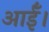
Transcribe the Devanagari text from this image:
आईँ।